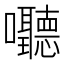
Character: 𪢧